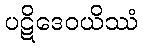
ပဋိဒေဝယိဿံ